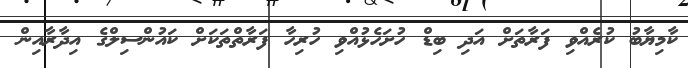
ކާމިޔާބު ކުރެއްވި ފަރާތަށް އަދި ބިޑް ހުށަހެޅުއްވި ހުރިހާ ފަރާތްތަކަށް ކައުންސިލްގެ އިދާރާއިން